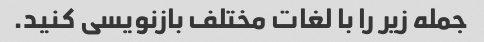
جمله زیر را با لغات مختلف بازنویسی کنید.